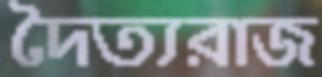
দৈত্যরাজ